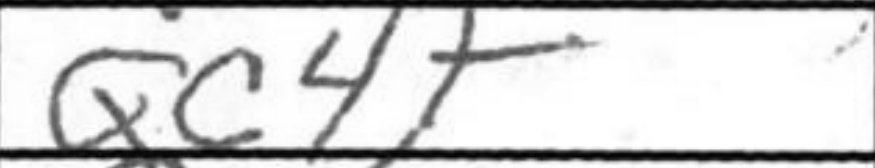
Transcription: Qc4+